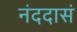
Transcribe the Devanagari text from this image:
नंददासं